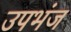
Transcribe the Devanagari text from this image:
उपभंज